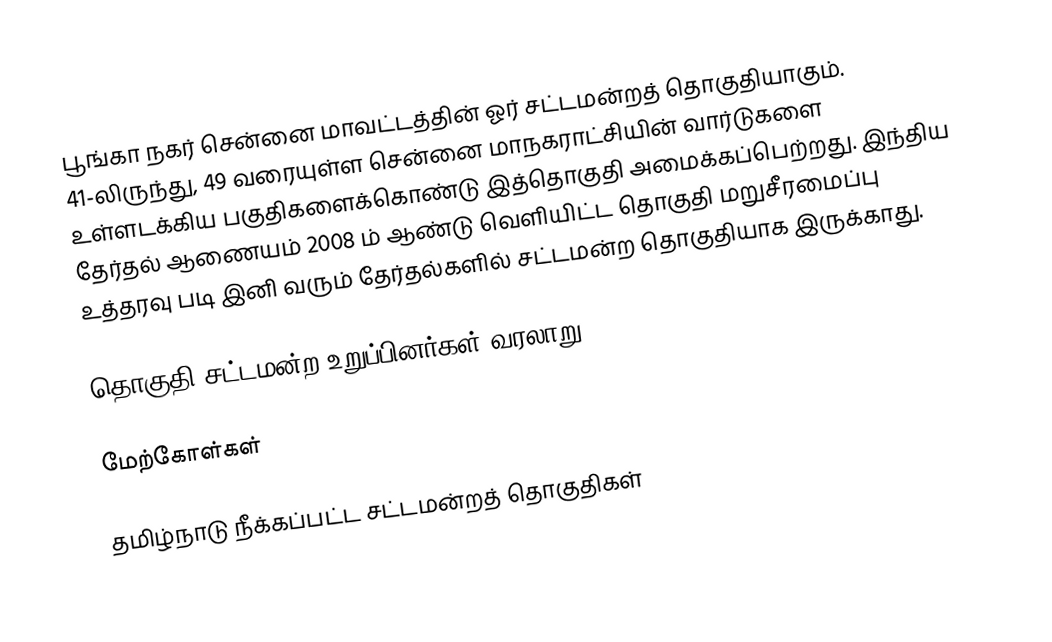
பூங்கா நகர் சென்னை மாவட்டத்தின் ஓர் சட்டமன்றத் தொகுதியாகும். 41-லிருந்து, 49 வரையுள்ள சென்னை மாநகராட்சியின் வார்டுகளை உள்ளடக்கிய பகுதிகளைக்கொண்டு இத்தொகுதி அமைக்கப்பெற்றது. இந்திய தேர்தல் ஆணையம் 2008 ம் ஆண்டு வெளியிட்ட தொகுதி மறுசீரமைப்பு உத்தரவு படி இனி வரும் தேர்தல்களில் சட்டமன்ற தொகுதியாக இருக்காது.

தொகுதி சட்டமன்ற உறுப்பினர்கள் வரலாறு

மேற்கோள்கள்

தமிழ்நாடு நீக்கப்பட்ட சட்டமன்றத் தொகுதிகள்